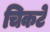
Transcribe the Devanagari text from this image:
चिकटे